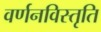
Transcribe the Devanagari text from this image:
वर्णनविस्तृति